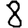
Digit: 8